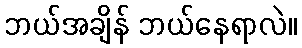
ဘယ်အချိန် ဘယ်နေရာလဲ။